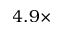
4 . 9 \times